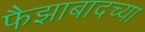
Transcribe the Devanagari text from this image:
फैझाबादच्या